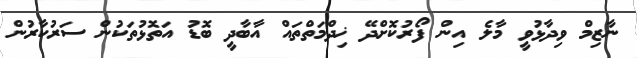
ނާޒިމް ވިދާޅުވީ މާލެ އިން ފޯރުކޮށްދޭ ޚިދްމަތްތައް އާބާދީ ބޮޑު އަތޮޅުތަކުން ސަރުކާރުން